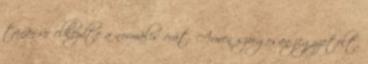
tanár úr elkezdte a normális órát. Arwen szorgosan jegyzetelt,